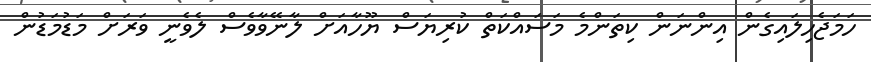
ހަމަޖެހިލައިގެން އިންނަން ކިތަންމެ މަސައްކަތް ކުރިޔަސް ޔޫހާއަށް ލާނޭވާވެސް ލެވެނީ ވަރަށް މަޑުމަޑުން